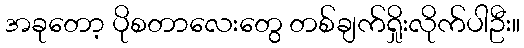
အခုတော့ ပိုစတာလေးတွေ တစ်ချက်ရှိုးလိုက်ပါဦး။